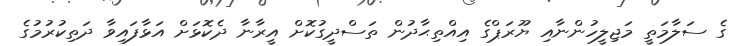
ގެ ސަލާމަތީ މަޖިލީހުންނާއި ޔޫރަޕްގެ އިއްތިޙާދުން ތަސްދީގުކޮށް އީރާނާ ދެކޮޅަށް އަޅާފައިވާ ދަތިކުރުމުގެ